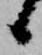
候